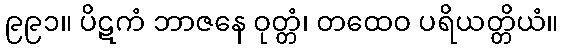
၉၉၁။ ပိဋကံ ဘာဇနေ ဝုတ္တံ၊ တထေဝ ပရိယတ္တိယံ။